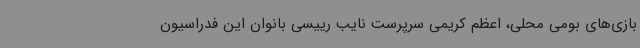
بازی‌های بومی محلی، اعظم کریمی سرپرست نایب رییسی بانوان این فدراسیون